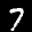
Label: 7